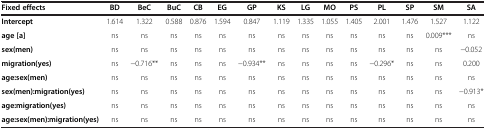
<table><thead><tr><td><b>Fixed effects</b></td><td><b>BD</b></td><td><b>BeC</b></td><td><b>BuC</b></td><td><b>CB</b></td><td><b>EG</b></td><td><b>GP</b></td><td><b>KS</b></td><td><b>LG</b></td><td><b>MO</b></td><td><b>PS</b></td><td><b>PL</b></td><td><b>SP</b></td><td><b>SM</b></td><td><b>SA</b></td></tr></thead><tbody><tr><td><b>Intercept</b></td><td>1.614</td><td>1.322</td><td>0.588</td><td>0.876</td><td>1.594</td><td>0.847</td><td>1.119</td><td>1.335</td><td>1.055</td><td>1.405</td><td>2.001</td><td>1.476</td><td>1.527</td><td>1.122</td></tr><tr><td><b>age [a]</b></td><td>ns</td><td>ns</td><td>ns</td><td>ns</td><td>ns</td><td>ns</td><td>ns</td><td>ns</td><td>ns</td><td>ns</td><td>ns</td><td>ns</td><td>0.009***</td><td>ns</td></tr><tr><td><b>sex(men)</b></td><td>ns</td><td>ns</td><td>ns</td><td>ns</td><td>ns</td><td>ns</td><td>ns</td><td>ns</td><td>ns</td><td>ns</td><td>ns</td><td>ns</td><td>ns</td><td>−0.052</td></tr><tr><td><b>migration(yes)</b></td><td>ns</td><td>−0.716**</td><td>ns</td><td>ns</td><td>ns</td><td>−0.934**</td><td>ns</td><td>ns</td><td>ns</td><td>ns</td><td>−0.296*</td><td>ns</td><td>ns</td><td>0.200</td></tr><tr><td><b>age:sex(men)</b></td><td>ns</td><td>ns</td><td>ns</td><td>ns</td><td>ns</td><td>ns</td><td>ns</td><td>ns</td><td>ns</td><td>ns</td><td>ns</td><td>ns</td><td>ns</td><td>ns</td></tr><tr><td><b>sex(men):migration(yes)</b></td><td>ns</td><td>ns</td><td>ns</td><td>ns</td><td>ns</td><td>ns</td><td>ns</td><td>ns</td><td>ns</td><td>ns</td><td>ns</td><td>ns</td><td>ns</td><td>−0.913*</td></tr><tr><td><b>age:migration(yes)</b></td><td>ns</td><td>ns</td><td>ns</td><td>ns</td><td>ns</td><td>ns</td><td>ns</td><td>ns</td><td>ns</td><td>ns</td><td>ns</td><td>ns</td><td>ns</td><td>ns</td></tr><tr><td><b>age:sex(men):migration(yes)</b></td><td>ns</td><td>ns</td><td>ns</td><td>ns</td><td>ns</td><td>ns</td><td>ns</td><td>ns</td><td>ns</td><td>ns</td><td>ns</td><td>ns</td><td>ns</td><td>ns</td></tr></tbody></table>